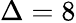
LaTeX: \Delta=8